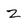
Character: Z